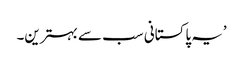
’یہ پاکستانی سب سے بہترین۔